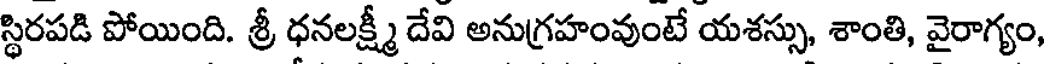
స్థిరపడి పోయింది. శ్రీ ధనలక్ష్మీ దేవి అనుగ్రహంవుంటే యశస్సు, శాంతి, వైరాగ్యం,